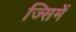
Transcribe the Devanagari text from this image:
ज्सिमें